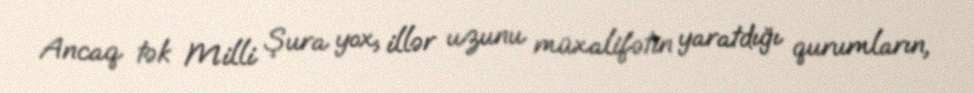
Ancaq tək Milli Şura yox, illər uzunu müxalifətin yaratdığı qurumların,